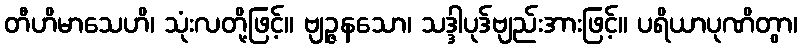
တီဟိမာသေဟိ၊ သုံးလတို့ဖြင့်။ ဗျဉ္ဇနသော၊ သဒ္ဒါပုဒ်ဗျည်းအားဖြင့်။ ပရိယာပုဏိတွာ၊